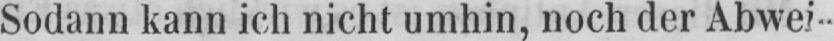
Sodann kann ich nicht umhin, noch der Abwei-